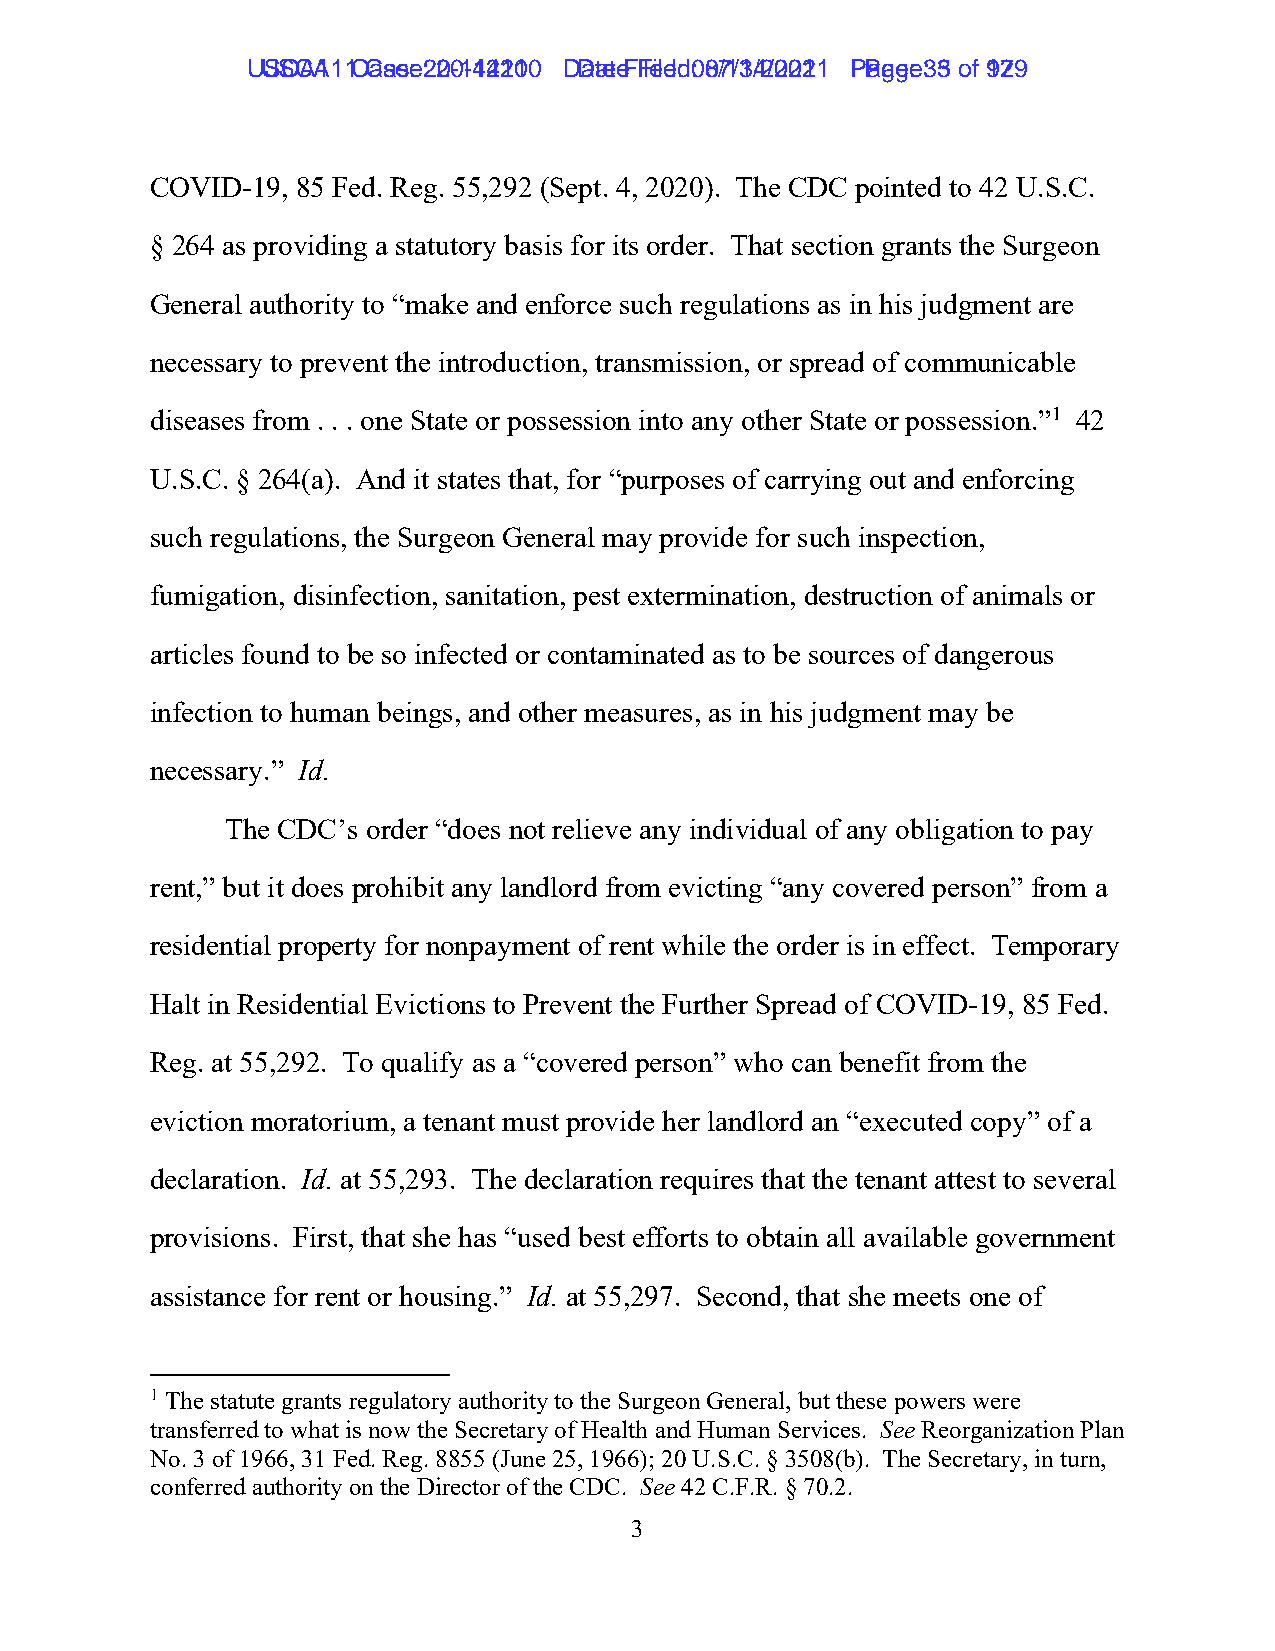
UUSSCCAA111 1C Casaes:e 2: 02-01-41241201 0 D Dataet eF Fileilde:d 0: 80/71/31/42/022012 1 P Pagaeg:e 3: 53 ooff 19279
 COVID-19, 85 Fed. Reg. 55,292 (Sept. 4, 2020). The CDC pointed to 42 U.S.C.
 § 264 as providing a statutory basis for its order. That section grants the Surgeon
 General authority to “make and enforce such regulations as in his judgment are
 necessary to prevent the introduction, transmission, or spread of communicable
 diseases from . . . one State or possession into any other State or possession.”1 42
 U.S.C. § 264(a). And it states that, for “purposes of carrying out and enforcing
 such regulations, the Surgeon General may provide for such inspection,
 fumigation, disinfection, sanitation, pest extermination, destruction of animals or
 articles found to be so infected or contaminated as to be sources of dangerous
 infection to human beings, and other measures, as in his judgment may be
 necessary.” Id.
 The CDC’s order “does not relieve any individual of any obligation to pay
 rent,” but it does prohibit any landlord from evicting “any covered person” from a
 residential property for nonpayment of rent while the order is in effect. Temporary
 Halt in Residential Evictions to Prevent the Further Spread of COVID-19, 85 Fed.
 Reg. at 55,292. To qualify as a “covered person” who can benefit from the
 eviction moratorium, a tenant must provide her landlord an “executed copy” of a
 declaration. Id. at 55,293. The declaration requires that the tenant attest to several
 provisions. First, that she has “used best efforts to obtain all available government
 assistance for rent or housing.” Id. at 55,297. Second, that she meets one of
 1 The statute grants regulatory authority to the Surgeon General, but these powers were
 transferred to what is now the Secretary of Health and Human Services. See Reorganization Plan
 No. 3 of 1966, 31 Fed. Reg. 8855 (June 25, 1966); 20 U.S.C. § 3508(b). The Secretary, in turn,
 conferred authority on the Director of the CDC. See 42 C.F.R. § 70.2.
 3